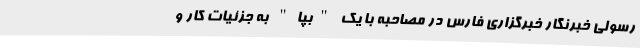
رسولی خبرنگار خبرگزاری فارس در مصاحبه با یک "بپا" به جزئیات کار و